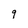
Character: q